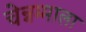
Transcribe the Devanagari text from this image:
चेन्नम्माला